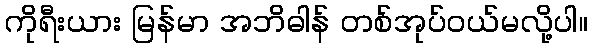
ကိုရီးယား မြန်မာ အဘိဓါန် တစ်အုပ်ဝယ်မလို့ပါ။